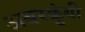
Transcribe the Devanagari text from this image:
अबरक्रुंबी